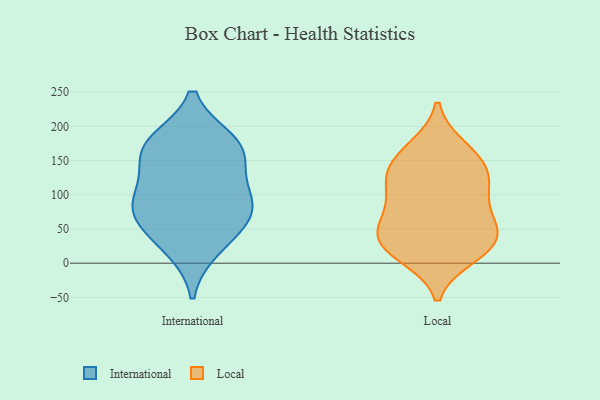
{"axis": {"x": "Demand Index", "y": "Value"}, "legend": ["International", "Local"], "data": [{"x": "", "y": 94, "type": "International"}, {"x": "", "y": 22, "type": "International"}, {"x": "", "y": 47, "type": "International"}, {"x": "", "y": 74, "type": "International"}, {"x": "", "y": 167, "type": "International"}, {"x": "", "y": 177, "type": "International"}, {"x": "", "y": 148, "type": "International"}, {"x": "", "y": 98, "type": "International"}, {"x": "", "y": 78, "type": "International"}, {"x": "", "y": 172, "type": "International"}, {"x": "", "y": 23, "type": "Local"}, {"x": "", "y": 36, "type": "Local"}, {"x": "", "y": 109, "type": "Local"}, {"x": "", "y": 161, "type": "Local"}, {"x": "", "y": 143, "type": "Local"}, {"x": "", "y": 120, "type": "Local"}, {"x": "", "y": 65, "type": "Local"}, {"x": "", "y": 57, "type": "Local"}, {"x": "", "y": 64, "type": "Local"}, {"x": "", "y": 12, "type": "Local"}, {"x": "", "y": 31, "type": "Local"}, {"x": "", "y": 106, "type": "Local"}, {"x": "", "y": 22, "type": "Local"}, {"x": "", "y": 168, "type": "Local"}, {"x": "", "y": 133, "type": "Local"}]}